Indian journal of veterinary science and animal husbandry - Volume 9,
Year: 1939
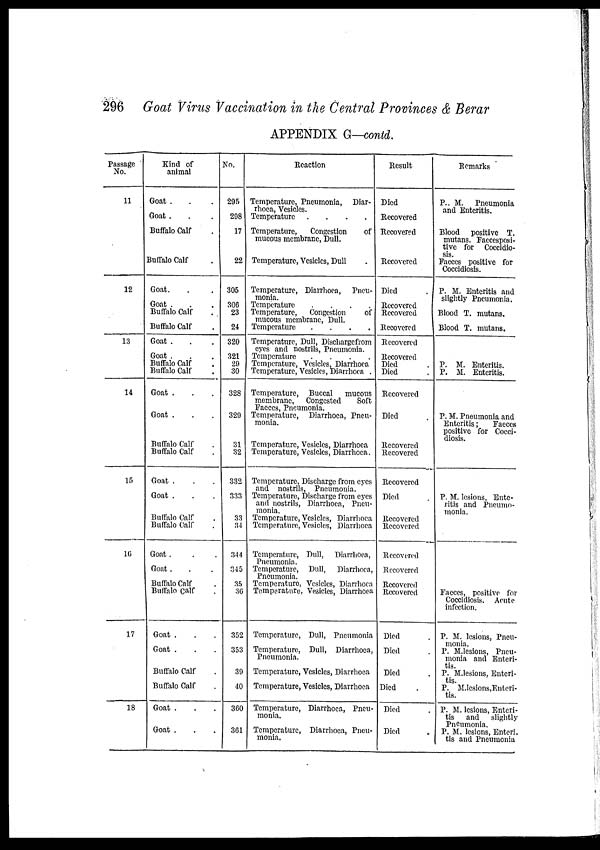
296 Goat Virus Vaccination in the Central Provinces & Berar
APPENDIX G—contd.
Passage
No.
11
12
13
14
15
16
17
18
Kind of
animal
Goat . . .
Goat . . .
Buffalo Calf .
Buffalo Calf .
Goat. .
Goat. .
Buffalo Calf .
Buffalo Calf .
Goat . . .
Goat . . .
Buffalo Calf .
Buffalo Calf .
Goat . . .
Goat . . .
Buffalo Calf .
Buffalo Calf .
Goat . . .
Goat . . .
Buffalo Calf .
Buffalo Calf .
Goat . . .
Goat . . .
Buffalo Calf .
Buffalo Calf .
Goat . . .
Goat . . .
Buffalo Calf .
Buffalo Calf .
Goat . . .
Goat . . .
No.
295
298
17
22
305
306
23
24
320
321
29
30
328
329
31
32
332
333
33
34
344
345
35
36
352
353
39
40
360
361
Reaction
Temperature, Pneumonia, Diar-
rhoea, Vesicles.
Temperature .
.
.
.
Temperature, Congestion
of
mucous membrane, Dull.
Temperature, Vesicles, Dull .
Temperature, Diarrhoea, Pncu¬
monia.
Temperature
.
.
.
.
Temperature, Congestion
of
mucous membrane, Dull.
Temperature
.
.
.
.
Temperature, Dull, Dischargefrom
eyes and nostrils, Pneumonia.
Temperature
.
.
.
.
Temperature, Vesicles, Diarrhoea
Temperature, Vesicles, Diarrhoea .
Temperature, Buccal mucous
membrane, Congested
Soft
Faeces, Pneumonia.
Temperature, Diarrhoea, Pneu-
monia.
Temperature, Vesicles, Diarrhoea
Temperature, Vesicles, Diarrhoea.
Temperature, Discharge from eyes
and nostrils, Pneumonia.
Temperature, Discharge from eyes
and nostrils, Diarrhoea, Pneu-
monia.
Temperature, Vesicles, Diarrhoea
Temperature, Vesicles, Diarrhoea
Temperature, Dull, Diarrhoea,
Pneumonia.
Temperature, Dull, Diarrhoea,
Pneumonia,
Temperature, Vesicles, Diarrhoea
Temperature, Vesicles, Diarrhoea
Temperature, Dull, Pneumonia
Temperature, Dull, Diarrhoea,
Pneumonia.
Temperature, Vesicles, Diarrhoea
Temperature, Vesicles, Diarrhoea
Temperature, Diarrhoea, Pneu-
monia.
Temperature, Diarrhoea, Pneu-
monia.
Result
Died
Recovered
Recovered
Recovered
Died .
Recovered
Recovered
Recovered
Recovered
Recovered
Died .
Died .
Recovered
Died .
Recovered
Recovered
Recovered
Died .
Recovered
Recovered
Recovered
Recovered
Recovered
Recovered
Died .
Died .
Died .
Died .
Died .
Died .
Remarks
P.. M. Pneumonia
and Enteritis.
Blood positive T.
mutans. Faecesposi¬
tive for Coccidio¬
sis.
Faeces positive for
Coccidiosis.
P. M. Enteritis and
slightly Pneumonia.
Blood T. mutans.
Blood T. mutans.
P. M. Enteritis.
P. M. Enteritis.
P. M. Pneumonia and
Enteritis;
Faeces
positive for Cocci-
diosis.
P. M. lesions, Ente-
ritis and Pneumo¬
monia.
Faeces, positive for
Coccidiosis. Acute
infection.
P. M. lesions, Pneu-
monia.
P. M.lesions, Pneu-
monia and Enteri¬
tis.
P. M.lesions, Enteri¬
tis. P. M.lesions,Enteri¬
tis.
P. M. lesions, Enteri-
tis and slightly
Pneumonia.
P. M. lesions, Enteri¬
tis and Pneumonia